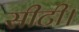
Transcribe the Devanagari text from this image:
सीटी।